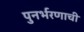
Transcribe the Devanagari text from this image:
पुनर्भरणाची